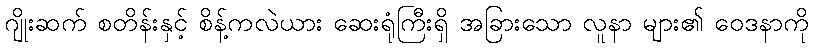
ဂျိုးဆက် စတိန်းနှင့် စိန့်ကလဲယား ဆေးရုံကြီးရှိ အခြားသော လူနာ များ၏ ဝေဒနာကို